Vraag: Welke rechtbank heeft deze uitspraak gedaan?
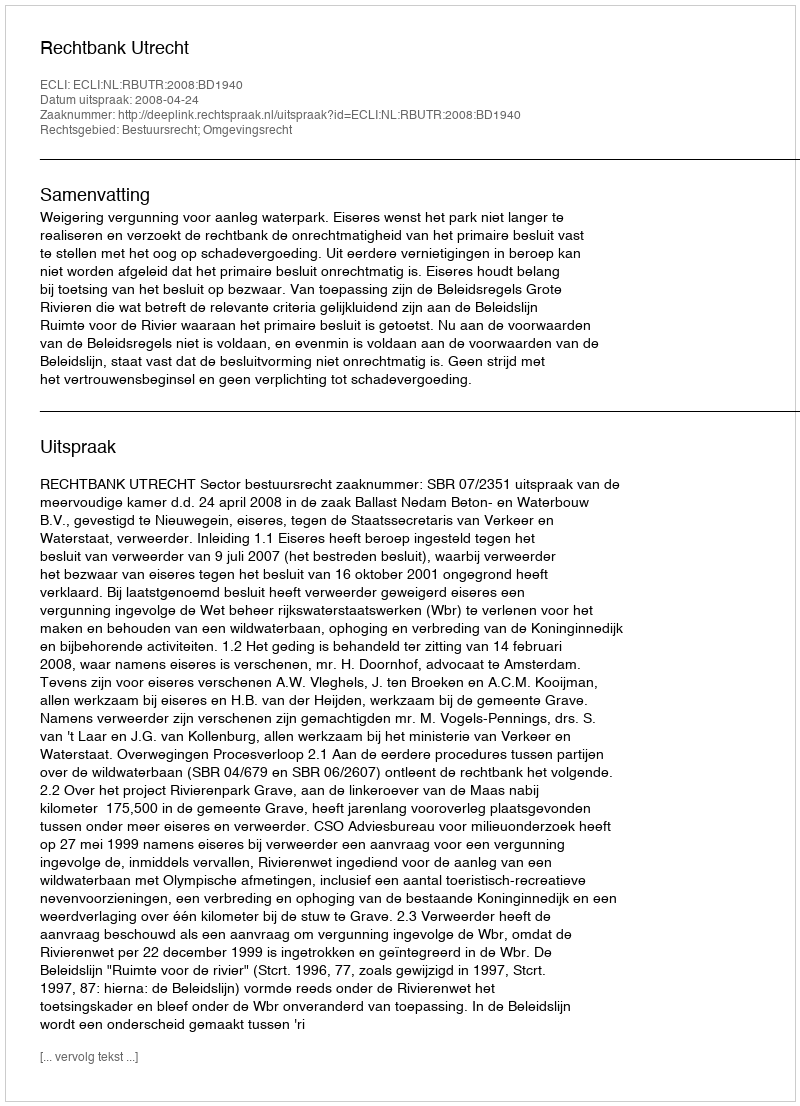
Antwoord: Rechtbank Utrecht